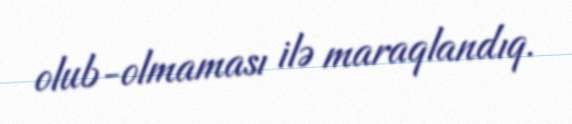
olub-olmaması ilə maraqlandıq.